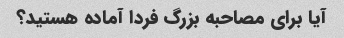
آیا برای مصاحبه بزرگ فردا آماده هستید؟